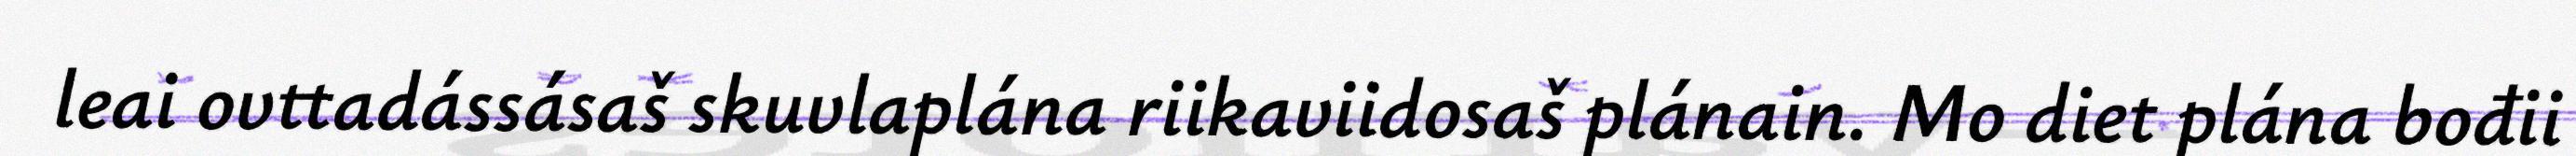
leai ovttadássásaš skuvlaplána riikaviidosaš plánain. Mo diet plána bođii